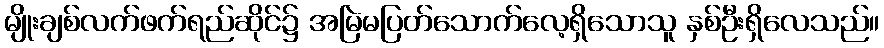
မျိုးချစ်လက်ဖက်ရည်ဆိုင်၌ အမြဲမပြတ်သောက်လေ့ရှိသောသူ နှစ်ဦးရှိလေသည်။